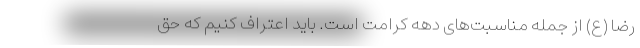
رضا (ع) از جمله مناسبت‌های دهه کرامت است. باید اعتراف کنیم که حق